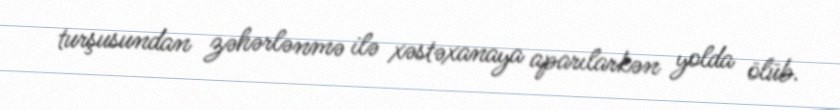
turşusundan zəhərlənmə ilə xəstəxanaya aparılarkən yolda ölüb.